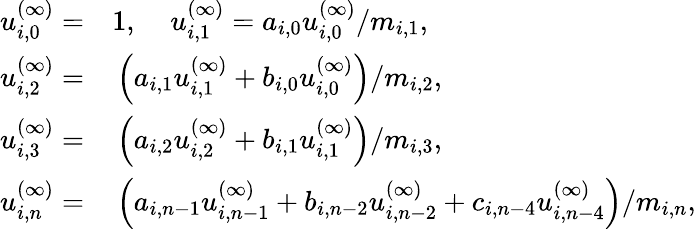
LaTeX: \begin{array}{rl}{{u_{i,0}^{(\infty)}=}}&{{}{{}1,\; \; \; \; u_{i,1}^{(\infty)}=a_{i,0}u_{i,0}^{(\infty)}/m_{i,1},}}\\ {{u_{i,2}^{(\infty)}=}}&{{}{{}\left(a_{i,1}u_{i,1}^{(\infty)}+b_{i,0}u_{i,0}^{(\infty)}\right)/m_{i,2},}}\\ {{u_{i,3}^{(\infty)}=}}&{{}{{}\left(a_{i,2}u_{i,2}^{(\infty)}+b_{i,1}u_{i,1}^{(\infty)}\right)/m_{i,3},}}\\ {{u_{i,n}^{(\infty)}=}}&{{}{{}\left(a_{i,n-1}u_{i,n-1}^{(\infty)}+b_{i,n-2}u_{i,n-2}^{(\infty)}+c_{i,n-4}u_{i,n-4}^{(\infty)}\right)/m_{i,n},}}\end{array}